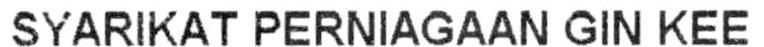
SYARIKAT PERNIAGAAN GIN KEE